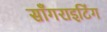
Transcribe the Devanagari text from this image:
साँगराइटिंग